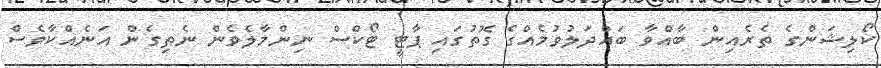
ކޯލިޝަންގެ ތެރެއިން ބާއްވާ ބައްދަލުވުމެއްގެ ގޮތުގައި ޕާޓީ ޓޯކްސް ނިންމާލެވެން ނެތިގެން އަނެއްކާވެސް